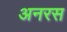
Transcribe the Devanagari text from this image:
अनरस